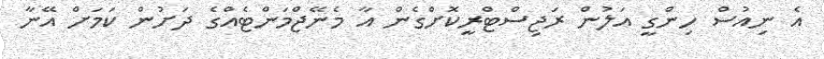
އެ ނިއުސް ހިންގީ އަލުން ރަޖިސްޓްރީކޮށްގެން އާ މެނޭޖްމަންޓެއްގެ ދަށުން ކަމަށް އޭނާ